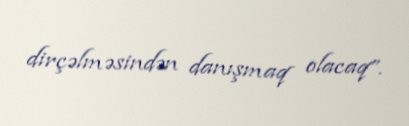
dirçəlməsindən danışmaq olacaq”.